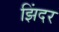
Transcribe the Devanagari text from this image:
झिंदर